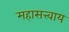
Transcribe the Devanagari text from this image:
महासत्त्वाय